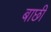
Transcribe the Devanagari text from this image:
बाछी